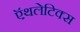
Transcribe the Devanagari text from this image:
ऍथलेटिक्स